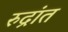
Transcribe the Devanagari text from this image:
रुद्रांत